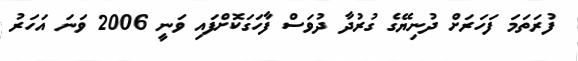
ފުރަތަމަ ފަހަރަށް ދުނިޔޭގެ ގުރުދާ ދުވަސް ފާހަގަކޮށްފައި ވަނީ 2006 ވަނަ އަހަރު